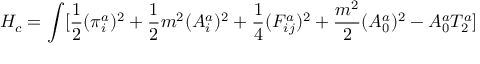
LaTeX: H _ { c } = \int [ \frac { 1 } { 2 } ( \pi _ { i } ^ { a } ) ^ { 2 } + \frac { 1 } { 2 } m ^ { 2 } ( A _ { i } ^ { a } ) ^ { 2 } + \frac { 1 } { 4 } ( F _ { i j } ^ { a } ) ^ { 2 } + \frac { m ^ { 2 } } { 2 } ( A _ { 0 } ^ { a } ) ^ { 2 } - A _ { 0 } ^ { a } T _ { 2 } ^ { a } ]